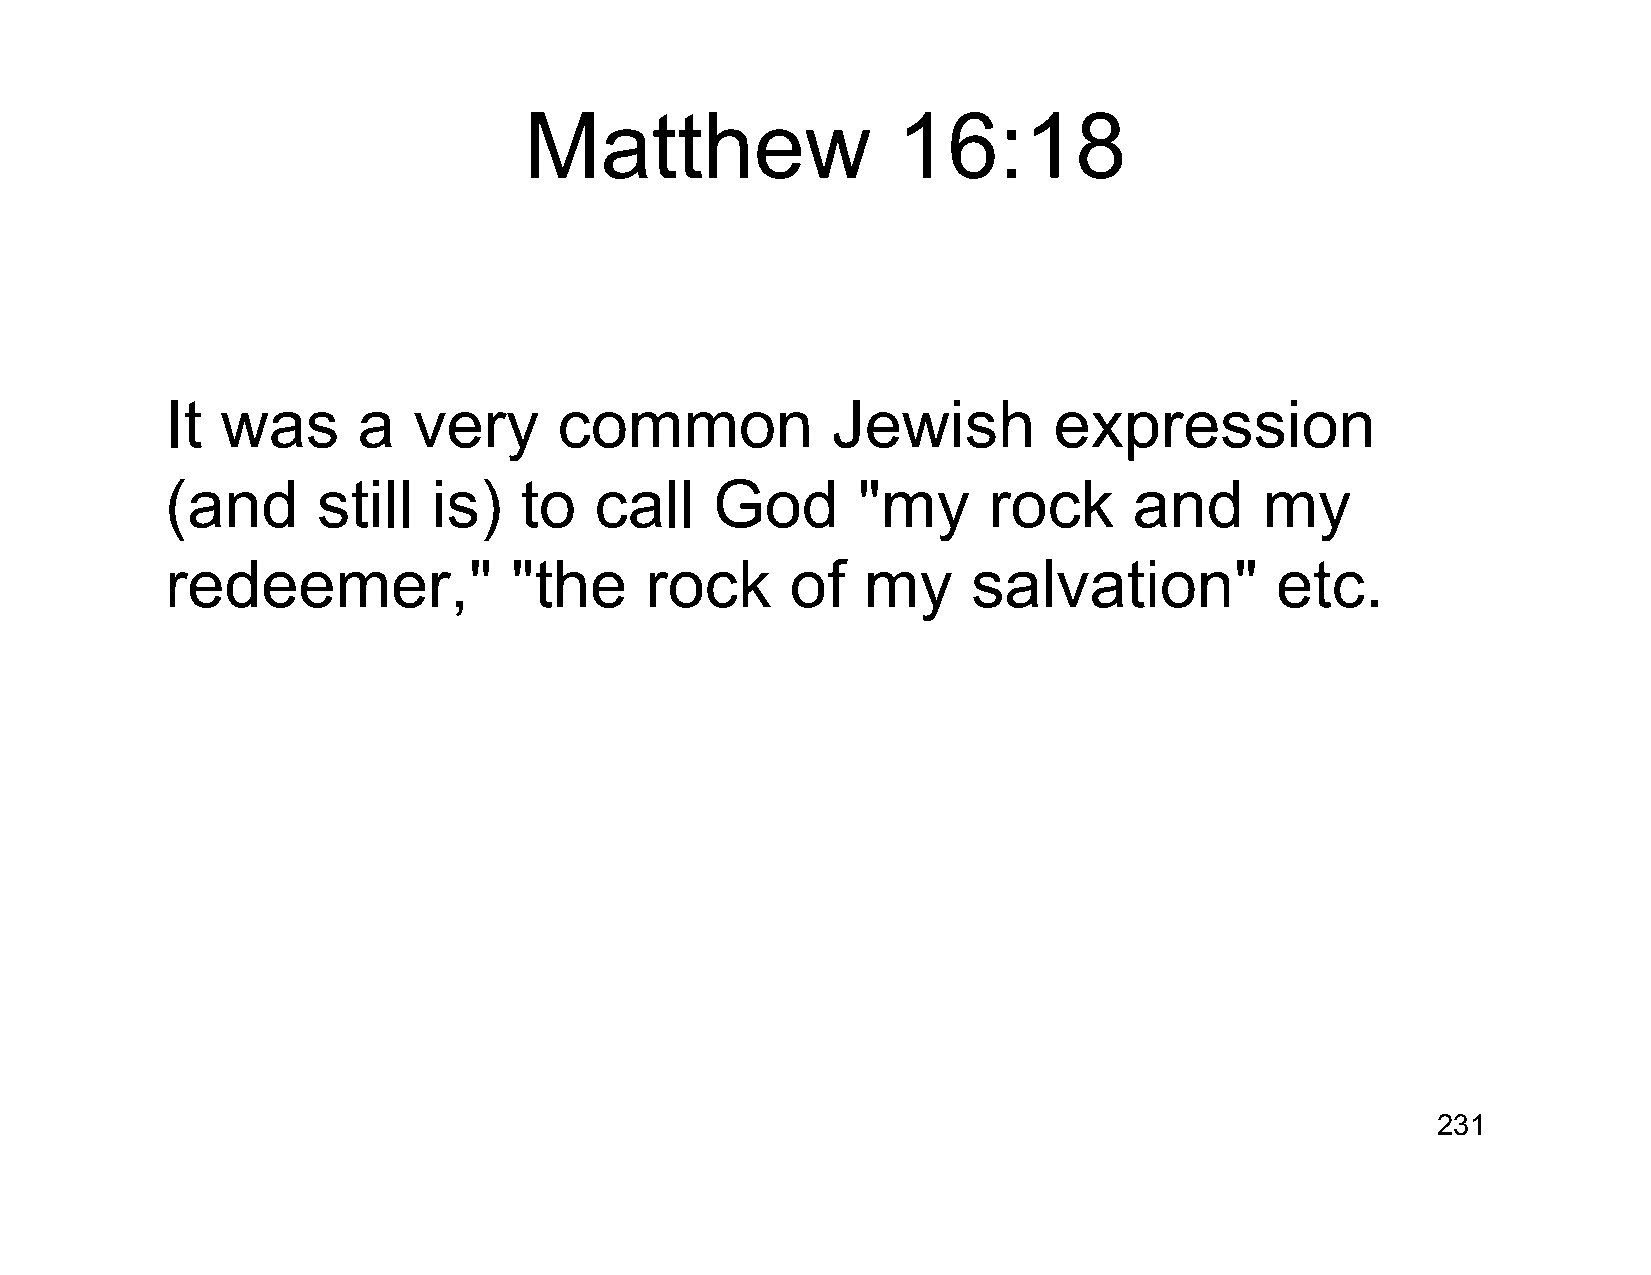
Matthew                 16:18
 It  was      a  very      common            Jewish         expression
 (and      still   is)  to   call    God       "my     rock      and      my
 redeemer,"             "the     rock     of   my     salvation"          etc.
 231